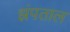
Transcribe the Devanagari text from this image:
झंपताल